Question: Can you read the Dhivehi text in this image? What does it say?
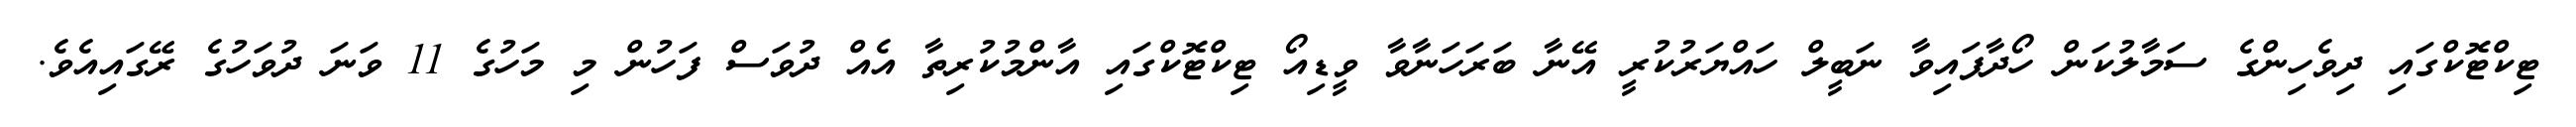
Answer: ޓިކްޓޮކްގައި ދިވެހިންގެ ސަމާލުކަން ހޯދާފައިވާ ނަބީލް ހައްޔަރުކުރީ އޭނާ ބަރަހަނާވާ ވީޑިއޯ ޓިކްޓޮކްގައި އާންމުކުރިތާ އެއް ދުވަސް ފަހުން މި މަހުގެ 11 ވަނަ ދުވަހުގެ ރޭގައިއެވެ.